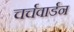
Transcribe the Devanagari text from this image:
चर्चवार्डन